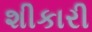
શીકારી